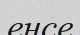
еңсе